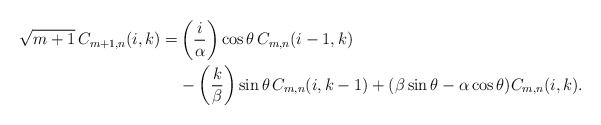
\begin{align*}\begin{aligned}\sqrt{m+1}\,C_{m+1,n}(i,k)= &\left(\frac{i}{\alpha}\right) \cos \theta\,C_{m,n}(i-1,k)\\&-\left(\frac{k}{\beta}\right) \sin \theta\,C_{m,n}(i,k-1)+(\beta \sin \theta-\alpha \cos \theta) C_{m,n}(i,k).\end{aligned}\end{align*}